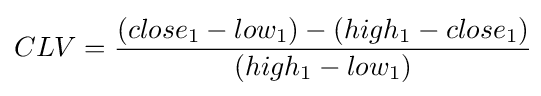
CLV={\frac {(close_{1}-low_{1})-(high_{1}-close_{1})}{(high_{1}-low_{1})}}\!